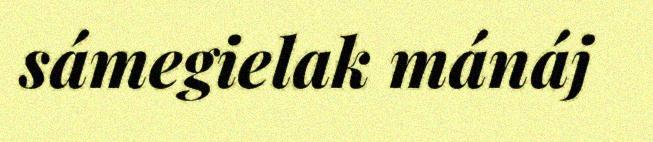
sámegielak mánáj